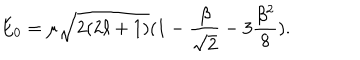
LaTeX: E _ { 0 } = \mu \sqrt { 2 ( 2 \ell + 1 ) } ( 1 - \frac { \beta } { \sqrt { 2 } } - 3 \frac { \beta ^ { 2 } } { 8 } ) .